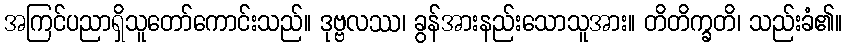
အကြင်ပညာရှိသူတော်ကောင်းသည်။ ဒုဗ္ဗလဿ၊ ခွန်အားနည်းသောသူအား။ တိတိက္ခတိ၊ သည်းခံ၏။